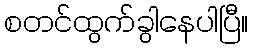
စတင်ထွက်ခွါနေပါပြီ။